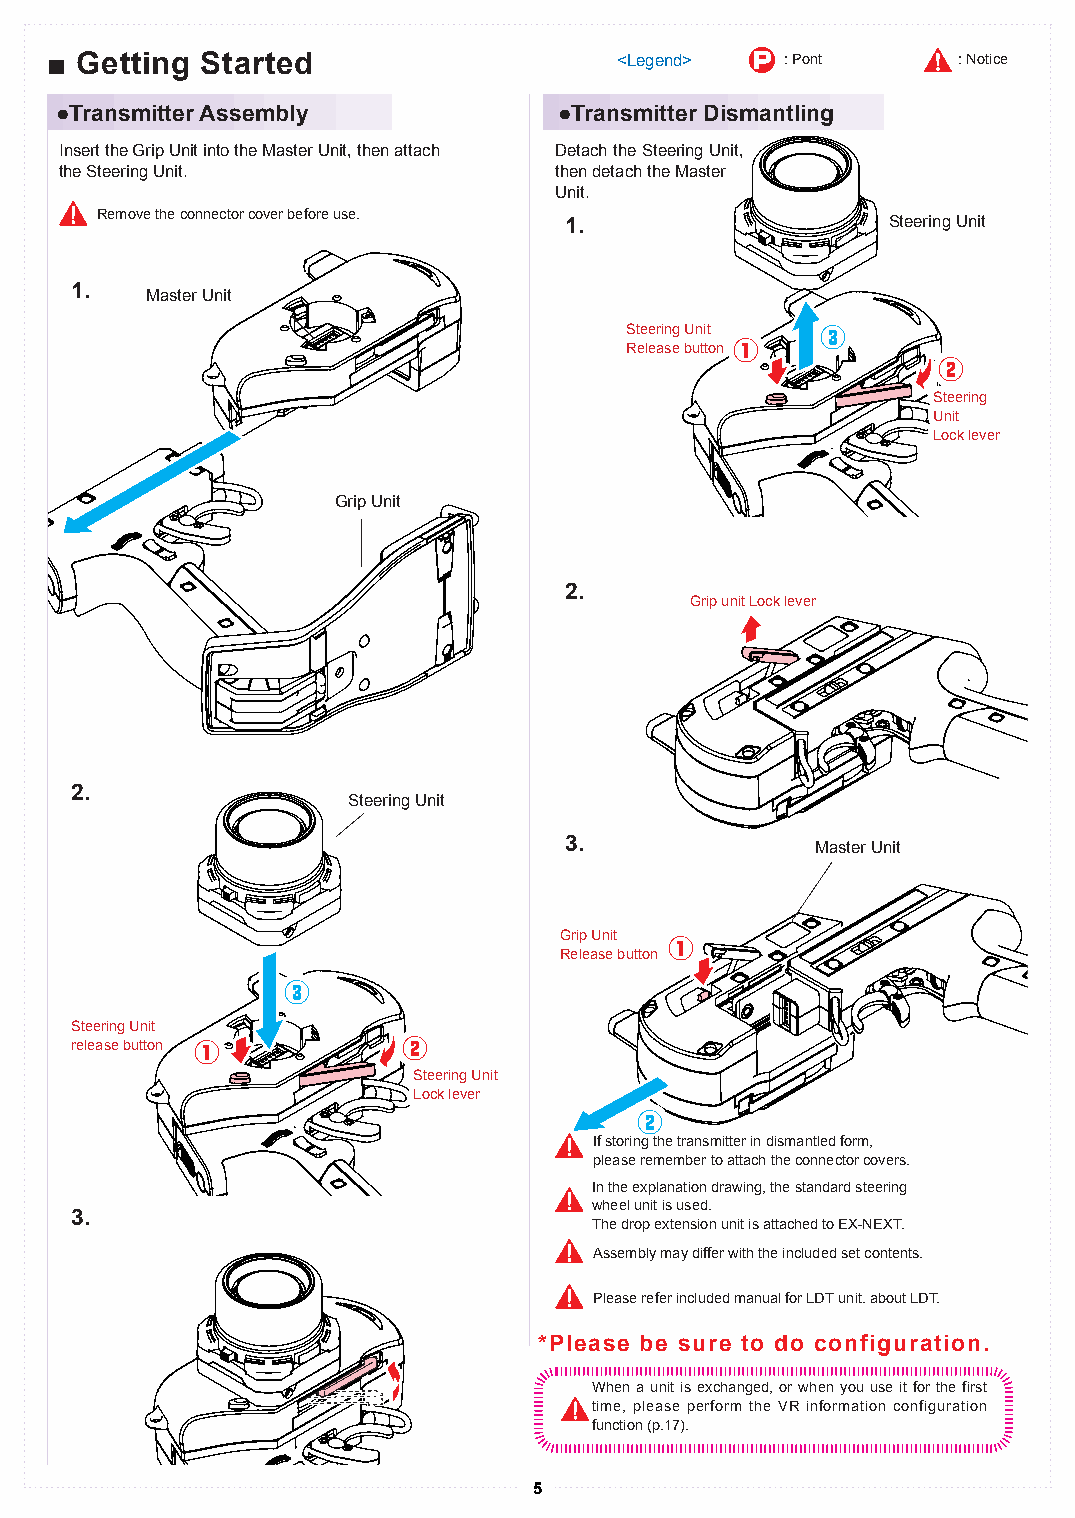
■■ GGeettttiinngg SSttaarrtteedd      <Legend> P : Pont     : Notice
 ●Transmitter Assembly            ●Transmitter Dismantling
 Insert the Grip Unit into the Master Unit, then attach Detach the Steering Unit,
 the Steering Unit.               then detach the Master
 Unit.
 Remove the connector cover before use.
 1.                    Steering Unit
 1.   Master Unit
 Steering Unit ③③
 Release button ①①
 ②②
 SStteeeerriinngg
 UUnniitt
 LLoocckk lleevveerr
 Grip Unit
 2.
 GGrriipp uunniitt LLoocckk lleevveerr
 2.
 Steering Unit
 3.               Master Unit
 Grip Unit
 ①①
 Release button
 ③③
 Steering Unit
 release button ①①     ②②
 SStteeeerriinngg UUnniitt
 LLoocckk lleevveerr
 ②②
 If storing the transmitter in dismantled form,
 please remember to attach the connector covers.
 In the explanation drawing, the standard steering
 wheel unit is used.
 3.
 The drop extension unit is attached to EX-NEXT.
 Assembly may differ with the included set contents.
 Please refer included manual for LDT unit. about LDT.
 *Please be sure to do configuration.
 When a unit is exchanged, or when you use it for the first
 time, please perform the VR information configuration
 function (p.17).
 5